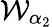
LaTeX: {\mathcal W}_{\alpha_{2}}